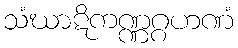
သံဃာဋိကဏ္ဏဂ္ဂဟဏံ